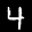
Label: 4